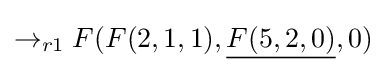
\rightarrow _{r1}F(F(2,1,1),{\underline {F(5,2,0)}},0)